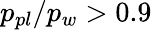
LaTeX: p_{pl}/p_{w}>0.9